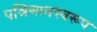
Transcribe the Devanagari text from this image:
पश्रिणामस्वरूप